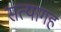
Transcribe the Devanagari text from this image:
सत्यागह